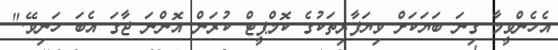
އެހެންވީމާ ގިނަ ބަޔަކަށް ވިޔަފާރިތަކުގެ ކޮމްޕީޓް ކުރަން އޮންނަ ޖާގަ އެބަ ހަނިވޭ."